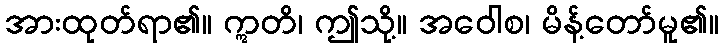
အားထုတ်ရာ၏။ ဣတိ၊ ဤသို့။ အဝေါစ၊ မိန့်တော်မူ၏။